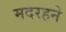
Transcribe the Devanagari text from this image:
मदरहने